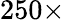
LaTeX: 250\times